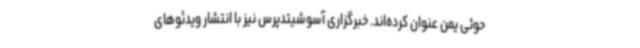
حوثی یمن عنوان کرده‌اند. خبرگزاری آسوشیتدپرس نیز با انتشار ویدئوهای